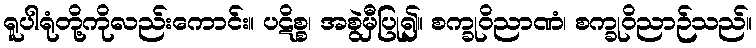
ရူပါရုံတို့ကိုလည်းကောင်း။ ပဋိစ္စ၊ အစွဲမှီပြု၍။ စက္ခုဝိညာဏံ၊ စက္ခုဝိညာဉ်သည်။